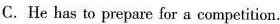
C. He has to prepare for a competition.